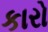
કારો